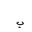
Letter: _ba